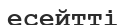
есейтті